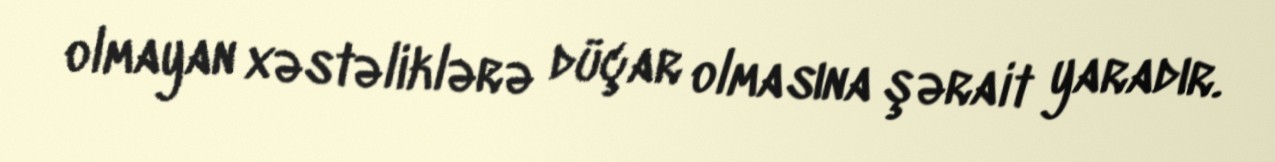
olmayan xəstəliklərə düçar olmasına şərait yaradır.